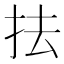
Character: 抾